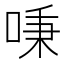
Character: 𠶏